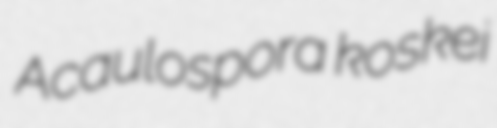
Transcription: Acaulospora koskei